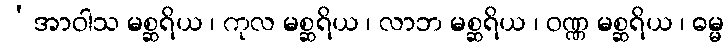
‘အာဝါသ မစ္ဆရိယ ၊ ကုလ မစ္ဆရိယ ၊ လာဘ မစ္ဆရိယ ၊ ဝဏ္ဏ မစ္ဆရိယ ၊ ဓမ္မ